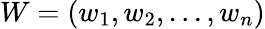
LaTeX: W=(w_{1},w_{2},\dots,w_{n})